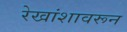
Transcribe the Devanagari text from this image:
रेखांशावरून